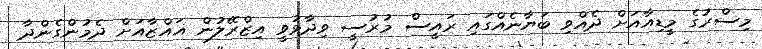
މިސްރުގެ މީޑިއާއަށް ދެއްވި ބަޔާނެއްގައި ރައީސް މުރުސީ ވިދާޅުވީ އިޒްރޭލުން ޣައްޒާއަށް ދެމުންގެންދާ